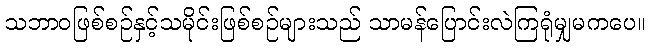
သဘာဝဖြစ်စဉ်နှင့်သမိုင်းဖြစ်စဉ်များသည် သာမန်ပြောင်းလဲကြရုံမျှမကပေ။